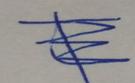
Signature authenticity: genuine